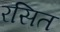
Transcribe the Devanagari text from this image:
रसित